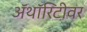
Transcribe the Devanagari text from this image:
ॲथॉरिटीवर